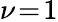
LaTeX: \nu\! =\! 1